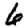
Digit: 6